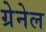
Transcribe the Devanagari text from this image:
ग्रेनेल